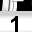
Digit: 1